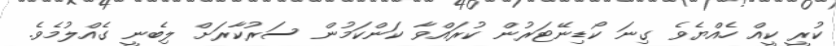
ކުރީ ކީއް ހެއްޔެވެ ގިނަ ކޯޑިނޭޓަރުން ކުރައްވާ ކަންކަމުން ސަރުކާރަށް ލިބެނީ ގެއްލުމެވެ.